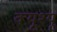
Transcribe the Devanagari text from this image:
क्यूश्यू